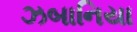
ઝબાનિયા